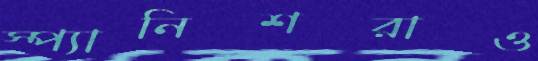
স্প্যানিশরাও